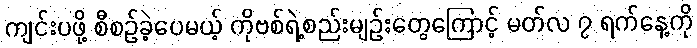
ကျင်းပဖို့ စီစဉ်ခဲ့ပေမယ့် ကိုဗစ်ရဲ့စည်းမျဉ်းတွေကြောင့် မတ်လ ၇ ရက်နေ့ကို